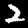
Label: 2